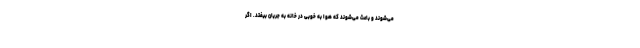
می‌شوند و باعث می‌شوند که هوا به خوبی در خانه به جریان بیفتد. اگر